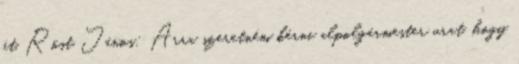
át. Röst János: Arra szeretném kérni alpolgármester urat, hogy